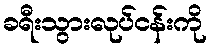
ခရီးသွားလုပ်ငန်းကို